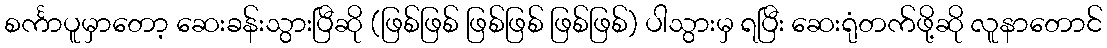
စင်္ကာပူမှာတော့ ဆေးခန်းသွားပြီဆို (ဖြစ်ဖြစ် ဖြစ်ဖြစ် ဖြစ်ဖြစ်) ပါသွားမှ ရပြီး ဆေးရုံတက်ဖို့ဆို လူနာတောင်